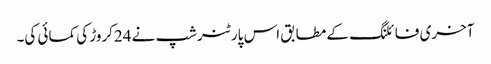
آخری فائلنگ کے مطابق اس پارٹنرشپ نے 24کروڑ کی کمائی کی۔